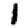
Digit: 1